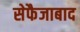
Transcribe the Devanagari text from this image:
सेफैजाबाद